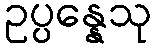
ဥပ္ပန္နေသု